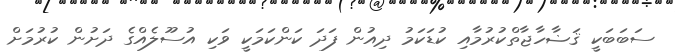
ސަބަބަކީ ޤަޟާހާޖާތްކުރުމާއި ކުޑަކަމު ދިއުން ފަދަ ކަންކަމަކީ ވަކި އުސޫލެއްގެ ދަށުން ކުރުމަށް